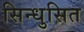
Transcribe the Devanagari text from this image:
सिन्धुसित